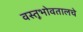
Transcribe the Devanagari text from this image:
वस्तूभोवतालचे